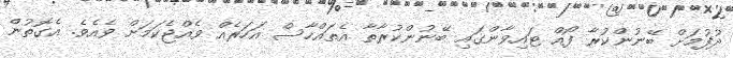
ދުފުމަށް ބޭނުންކުރާ ފޯއް ޓައިވާންގައި ބޭނުންކުރާތާ އެތައްހާސް އަހަރެއް ވެއްޖެކަމަށް ވެއެވެ. އެގޮތުން